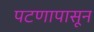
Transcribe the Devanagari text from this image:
पटणापासून